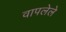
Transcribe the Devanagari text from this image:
वापलेले